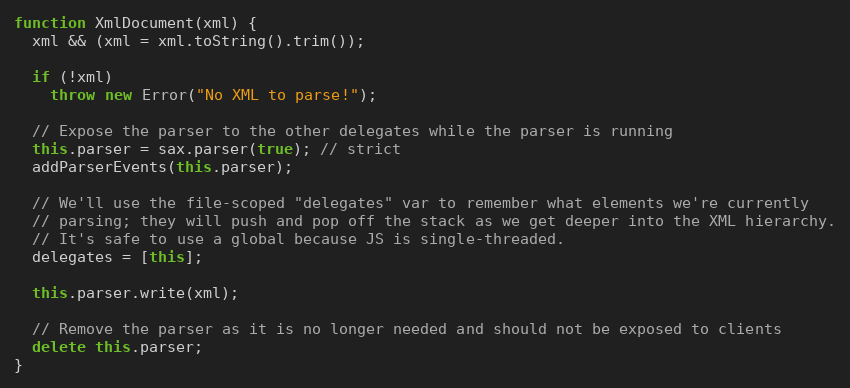
Language: JavaScript
function XmlDocument(xml) {
  xml && (xml = xml.toString().trim());

  if (!xml)
    throw new Error("No XML to parse!");

  // Expose the parser to the other delegates while the parser is running
  this.parser = sax.parser(true); // strict
  addParserEvents(this.parser);

  // We'll use the file-scoped "delegates" var to remember what elements we're currently
  // parsing; they will push and pop off the stack as we get deeper into the XML hierarchy.
  // It's safe to use a global because JS is single-threaded.
  delegates = [this];

  this.parser.write(xml);

  // Remove the parser as it is no longer needed and should not be exposed to clients
  delete this.parser;
}